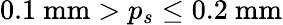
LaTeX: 0.1~\textrm{mm}>p_{s}\leq 0.2~\textrm{mm}